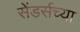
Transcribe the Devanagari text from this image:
सेंडर्सच्या